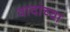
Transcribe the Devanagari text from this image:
वादांच्या